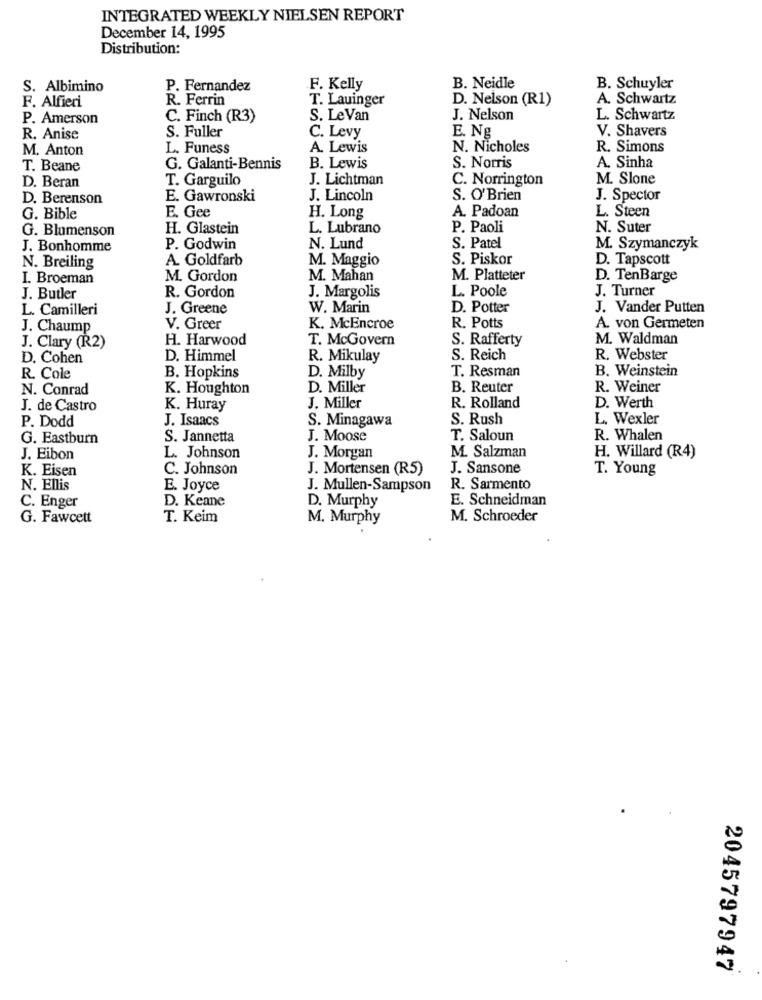
INTEGRATED WEEKLY NIELSEN REPORT
December 14, 1995
Distribution:
S. Albimino
P. Fernandez
.F. Kelly
B. Neidle
B. Schuyler
F. Alfieri
R. Ferrin
T. Lauinger
D. Nelson (R1)
A. Schwartz
P. Amerson
C. Finch (R3)
S. LeVan
J. Nelson
L. Schwartz
S. Fuller
V. Shavers
R. Anise
C. Levy
E. Ng
M. Anton
L. Funess
A. Lewis
N. Nicholes
R. Simons
T. Beane
G. Galanti-Bennis
B. Lewis
S. Norris
A. Sinha
D. Beran
T. Garguilo
J. Lichtman
C. Norrington
M. Slone
D. Berenson
E. Gawronski
J. Lincoln
S. O'Brien
J. Spector
A. Padoan
G. Bible
E. Gee
H. Long
L. Steen
G. Blumenson
H. Glastein
L. Lubrano
P. Paoli
N. Suter
J. Bonhomme
P. Godwin
N. Lund
S. Patel
M. Szymanczyk
A. Goldfarb
M. Maggio
S. Piskor
D. Tapscott
N. Breiling
I. Broeman
M. Gordon
M. Mahan
M. Platteter
D. TenBarge
L. Poole
J. Turner
J. Butler
R. Gordon
J. Margolis
L. Camilleri
J. Greene
W. Marin
D. Potter
J. Vander Putten
J. Chaump
V. Greer
K. McEncroe
R. Potts
A. von Germeten
H. Harwood
T. McGovern
S. Rafferty
M. Waldman
J. Clary (R2)
D. Cohen
D. Himmel
R. Mikulay
S. Reich
R. Webster
B. Weinstein
R. Cole
B. Hopkins
D. Milby
T. Resman
N. Conrad
K. Houghton
D. Miller
B. Reuter
R. Weiner
J. de Castro
K. Huray
J. Miller
R. Rolland
D. Werth
P. Dodd
J. Isaacs
S. Minagawa
S. Rush
L. Wexler
G. Eastburn
S. Jannetta
J. Moose
T. Saloun
R. Whalen
J. Eibon
L. Johnson
J. Morgan
M. Salzman
H. Willard (R4)
K. Eisen
C. Johnson
J. Mortensen (R5)
J. Sansone
T. Young
N. Ellis
E. Joyce
J. Mullen-Sampson
R. Sarmento
C. Enger
D. Keane
D. Murphy
E. Schneidman
G. Fawcett
T. Keim
M. Murphy
M. Schroeder
2045797947